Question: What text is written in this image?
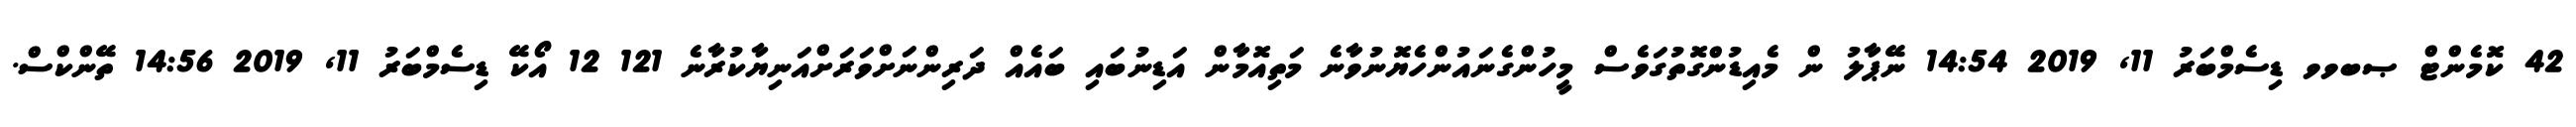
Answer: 42 ކޮމެންޓް ޞބވވ ޑިސެމްބަރު 11, 2019 14:54 ނޭޕާލު ން މެއިޑުންގޮތުގަވެސް މީހުންގެނައުންހެޔޮނުވާނެ މަތިއޮމާން އަޑިނުބައި ބައެއް ދަރިންނަށްވަރަށްއަނިޔާކުރާނެ 121 12 އޯކޭ ޑިސެމްބަރު 11, 2019 14:56 ތޭންކްސް.